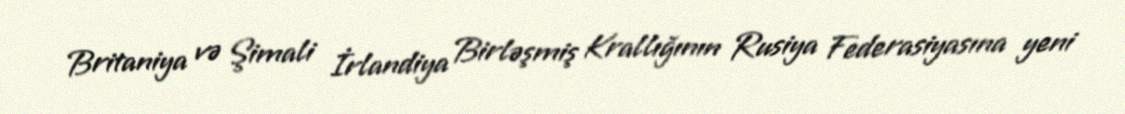
Britaniya və Şimali İrlandiya Birləşmiş Krallığının Rusiya Federasiyasına yeni